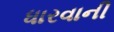
ધારવાની